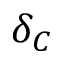
\delta _ { C }